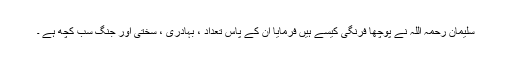
سلیمان رحمہ اللہ نے پوچھا فرنگی کیسے ہیں فرمایا ان کے پاس تعداد ، بہادری ، سختی اور جنگ سب کچھ ہے ۔